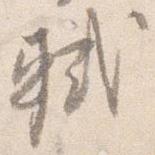
軾